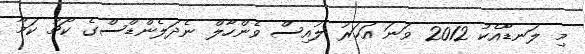
މި ލަނޑާއެކު 2012 ވަނަ އަހަރު ލުއިސް ވެންހާލް ނެދަލެންޑްސްގެ ކޯޗު ކަމާ